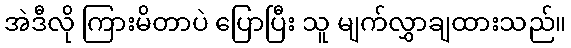
အဲဒီလို ကြားမိတာပဲ ပြောပြီး သူ မျက်လွှာချထားသည်။